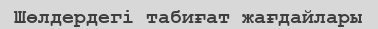
Шөлдердегі табиғат жағдайлары